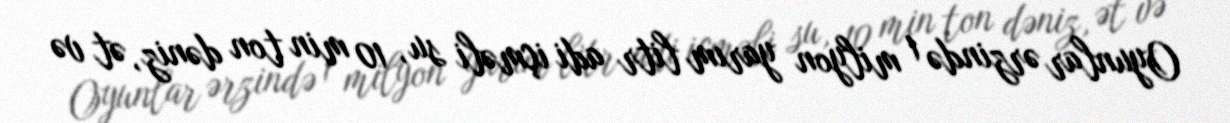
Oyunlar ərzində 1 milyon yarım litr adi içməli su, 10 min ton dəniz, ət və